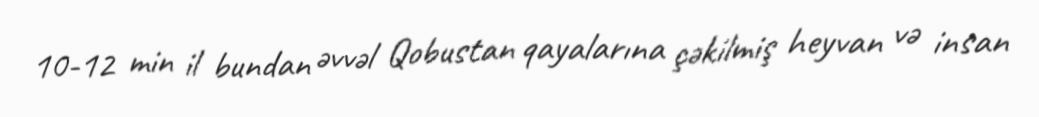
10-12 min il bundan əvvəl Qobustan qayalarına çəkilmiş heyvan və insan